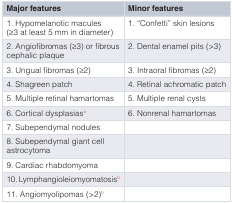
<table><thead><tr><td><b>Major features</b></td><td><b>Minor features</b></td></tr></thead><tbody><tr><td>1. Hypomelanotic macules(≥3 at least 5 mm in diameter)</td><td>1. “Confetti” skin lesions</td></tr><tr><td>2. Angiofibromas (≥3) or fibrouscephalic plaque</td><td>2. Dental enamel pits (&gt;3)</td></tr><tr><td>3. Ungual fibromas (≥2)</td><td>3. Intraoral fibromas (≥2)</td></tr><tr><td>4. Shagreen patch</td><td>4. Retinal achromatic patch</td></tr><tr><td>5. Multiple retinal hamartomas</td><td>5. Multiple renal cysts</td></tr><tr><td>6. Cortical dysplasias<sup>a</sup></td><td>6. Nonrenal hamartomas</td></tr><tr><td>7. Subependymal nodules</td><td></td></tr><tr><td>8. Subependymal giant cellastrocytoma</td><td></td></tr><tr><td>9. Cardiac rhabdomyoma</td><td></td></tr><tr><td>10. Lymphangioleiomyomatosis<sup>b</sup></td><td></td></tr><tr><td>11. Angiomyolipomas (&gt;2)<sup>b</sup></td><td></td></tr></tbody></table>